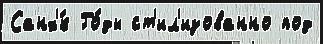
Санх'́к Го́ды ст'ил'изованно под